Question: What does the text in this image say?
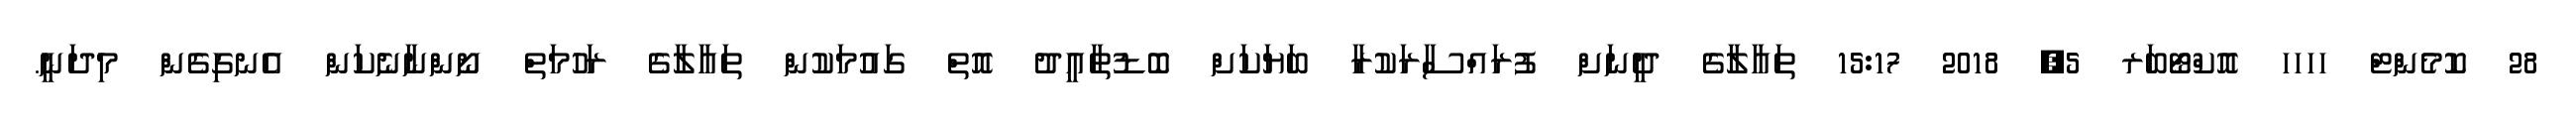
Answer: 28 ކޮމެންޓް ހހހހ އޮކްޓޯބަރ 5, 2018 15:17 ތައާލާގެ ދީނަށް ފުރައްސާރަކުރާ ބަޔަކަށް ބޮޑުތާއީދު އޮތް ގައުމަކުން ތައާލާގެ ރަހުމަތް ނޯންނާނެކަން އެނގިގެން މިދަނީ.